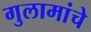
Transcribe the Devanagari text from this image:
गुलामांचे